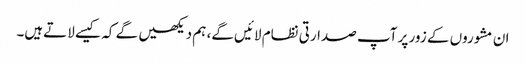
ان مشوروں کے زور پر آپ صدارتی نظام لائیں گے، ہم دیکھیں گے کہ کیسے لاتےہیں۔